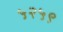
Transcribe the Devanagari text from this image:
५२५९